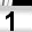
Digit: 1